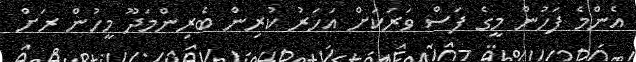
އެންމެ ފަހުން މީގެ ފަސް ވަރަކަށް އަހަރު ކުރިން ބެރިންމަދޫ މީހުން ރަށް